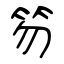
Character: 笏